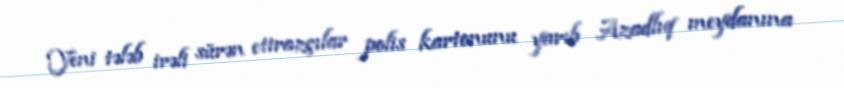
Yeni tələb irəli sürən etirazçılar polis kartonunu yarıb Azadlıq meydanına